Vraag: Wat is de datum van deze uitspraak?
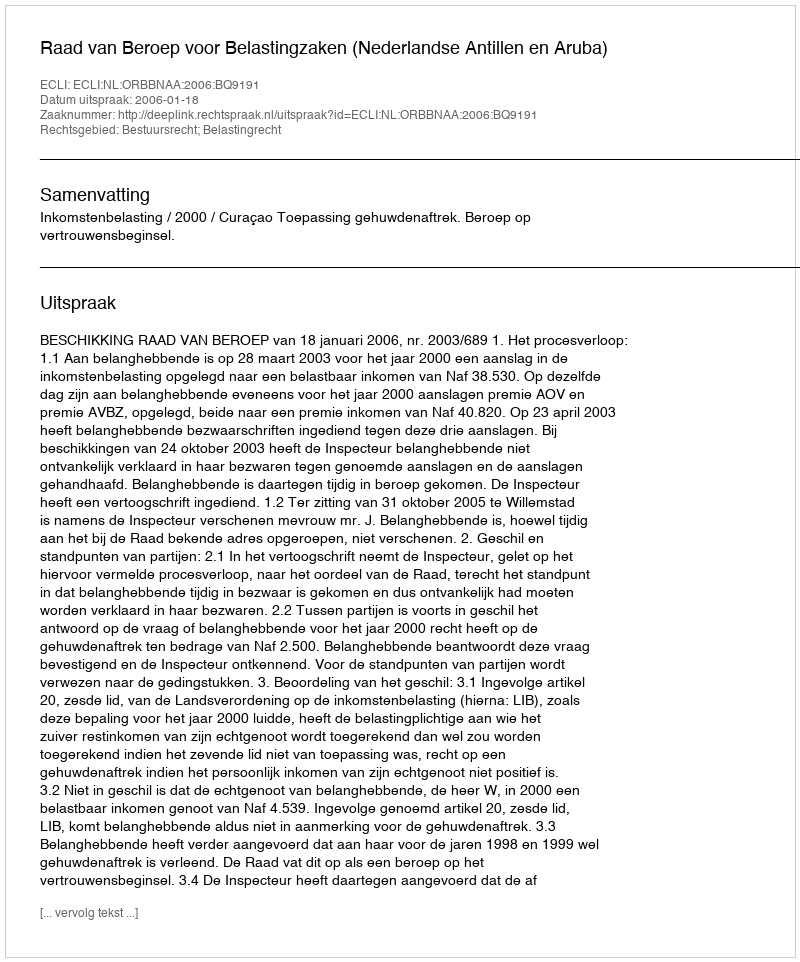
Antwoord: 2006-01-18